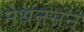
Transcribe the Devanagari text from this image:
नेथनसन